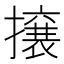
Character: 𭢯